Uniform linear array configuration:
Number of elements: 32
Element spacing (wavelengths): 0.75
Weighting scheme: blackman
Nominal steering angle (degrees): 45
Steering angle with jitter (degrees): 46.318
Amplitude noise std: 0.05
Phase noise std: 0.05

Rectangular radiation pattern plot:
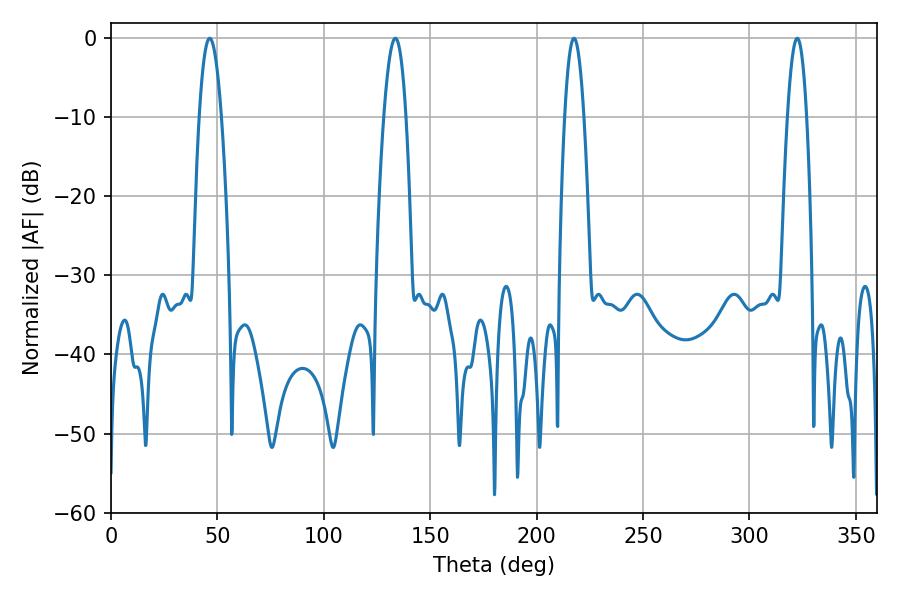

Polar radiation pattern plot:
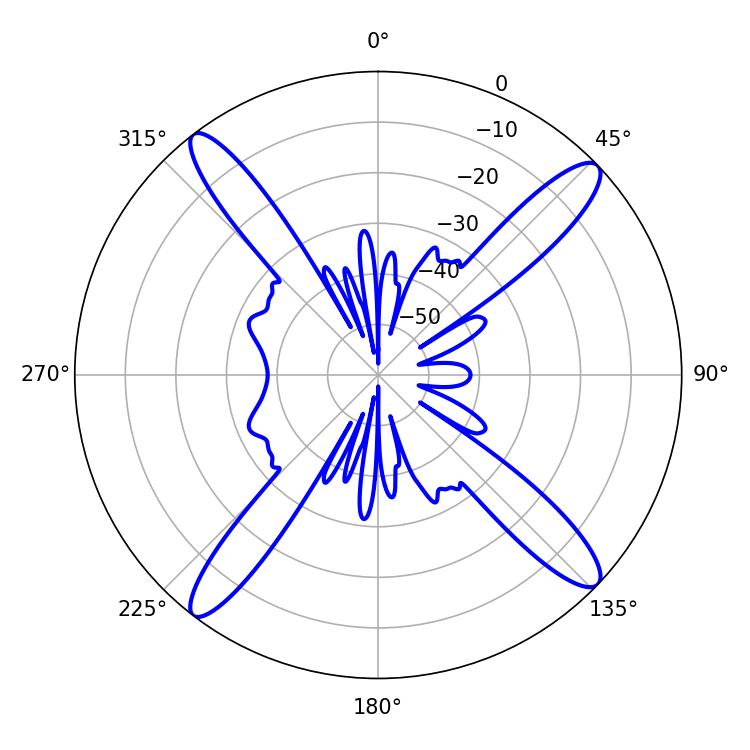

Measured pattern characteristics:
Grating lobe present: TRUE
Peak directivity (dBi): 16.787
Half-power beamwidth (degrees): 5.76
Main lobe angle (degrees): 46.44